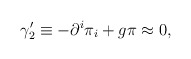
\begin{align*}\gamma _{2}^{\prime }\equiv -\partial ^{i}\pi _{i}+g\pi \approx 0,\end{align*}